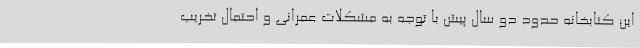
این کتابخانه حدود دو سال پیش با توجه به مشکلات عمرانی و احتمال تخریب